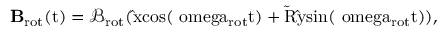
{ \bf B } _ { \mathrm { r o t } } ( \mathrm { t ) = \mathcal { B } _ { \mathrm { r o t } } ( \hat { x } c o s ( \ o m e g a _ { \mathrm { r o t } } t ) + \tilde { \cal R } \hat { y } s i n ( \ o m e g a _ { \mathrm { r o t } } t ) ) , }